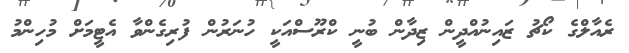
ރެއާލްގެ ކޯޗު ޒައިނުއްދީން ޒިދާން ބުނީ ކްރޫސްއަކީ ހުނަރުން ފުރިގެންވާ އެޓީމަށް މުހިންމު